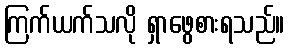
ကြက်ယက်သလို ရှာဖွေစားရသည်။